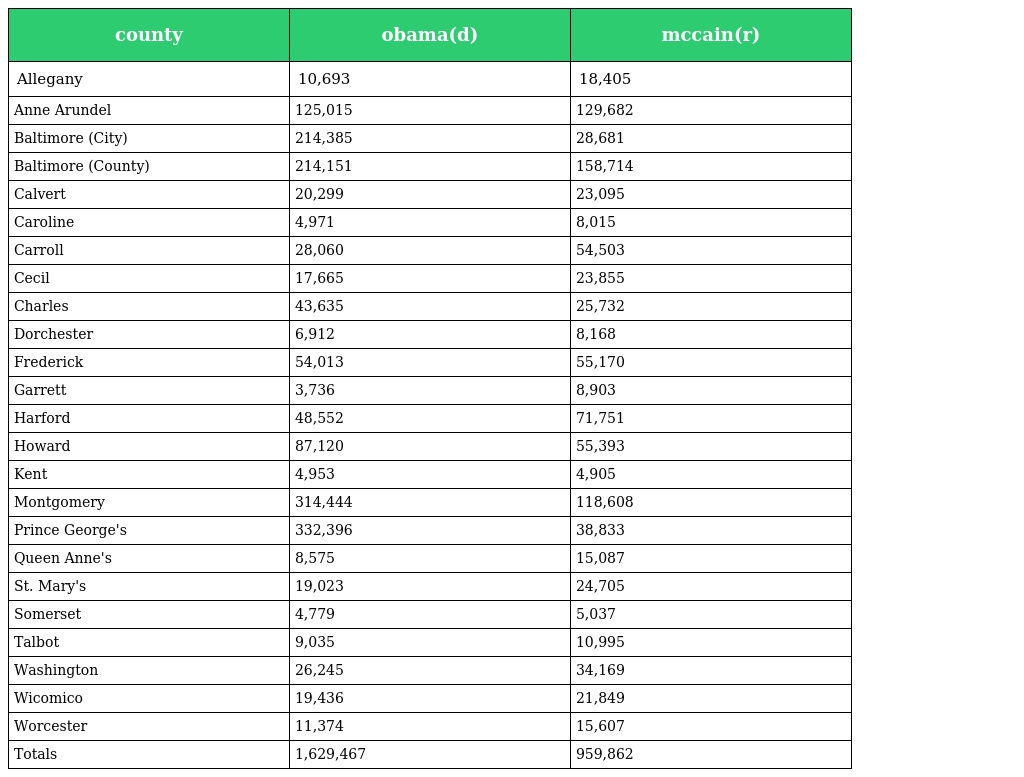
| county | obama(d) | mccain(r) |
 | --- | --- | --- |
 | Allegany | 10,693 | 18,405 |
 | Anne Arundel | 125,015 | 129,682 |
 | Baltimore (City) | 214,385 | 28,681 |
 | Baltimore (County) | 214,151 | 158,714 |
 | Calvert | 20,299 | 23,095 |
 | Caroline | 4,971 | 8,015 |
 | Carroll | 28,060 | 54,503 |
 | Cecil | 17,665 | 23,855 |
 | Charles | 43,635 | 25,732 |
 | Dorchester | 6,912 | 8,168 |
 | Frederick | 54,013 | 55,170 |
 | Garrett | 3,736 | 8,903 |
 | Harford | 48,552 | 71,751 |
 | Howard | 87,120 | 55,393 |
 | Kent | 4,953 | 4,905 |
 | Montgomery | 314,444 | 118,608 |
 | Prince George's | 332,396 | 38,833 |
 | Queen Anne's | 8,575 | 15,087 |
 | St. Mary's | 19,023 | 24,705 |
 | Somerset | 4,779 | 5,037 |
 | Talbot | 9,035 | 10,995 |
 | Washington | 26,245 | 34,169 |
 | Wicomico | 19,436 | 21,849 |
 | Worcester | 11,374 | 15,607 |
 | Totals | 1,629,467 | 959,862 |